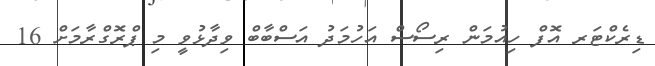
ޑިރެކްޓަރ އޮފް ހިއުމަން ރިސޯސް އަހުމަދު އަސްބާބް ވިދާޅުވީ މި ޕްރޮގްރާމަށް 16